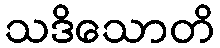
သဒိသောတိ